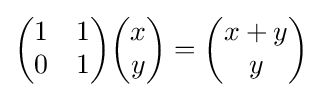
{\begin{pmatrix}1&1\\0&1\end{pmatrix}}{\begin{pmatrix}x\\y\end{pmatrix}}={\begin{pmatrix}x+y\\y\end{pmatrix}}